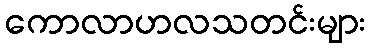
ကောလာဟလသတင်းများ